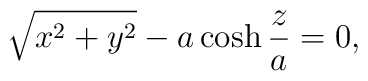
\sqrt{x^2 + y^2} - a \cosh\frac{z}{a} = 0,